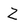
Character: Z